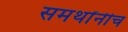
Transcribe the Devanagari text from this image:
समर्थांनीच